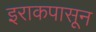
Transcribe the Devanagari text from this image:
इराकपासून